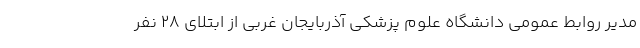
مدیر روابط عمومی دانشگاه علوم پزشکی آذربایجان غربی از ابتلای 28 نفر